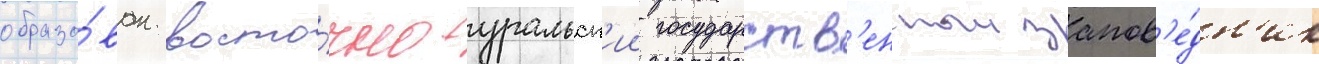
образо́ван восто́чно-уральск'ии государств'енныи запов'е́дн'ик